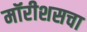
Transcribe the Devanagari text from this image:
मॉरीशसचा